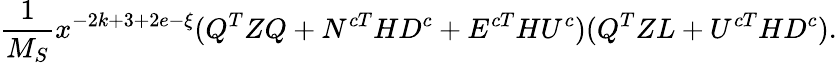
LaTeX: \frac{1}{M_{S}}x^{-2k+3+2e-\xi}(Q^{T}ZQ+N^{cT}HD^{c}+E^{cT}HU^{c})(Q^{T}ZL+U^{cT}HD^{c}).